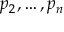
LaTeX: p _ { 2 } , \ldots , p _ { n }